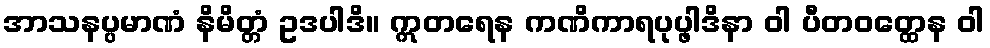
အာသနပ္ပမာဏံ နိမိတ္တံ ဥဒပါဒိ။ ဣတရေန ကဏိကာရပုပ္ဖါဒိနာ ဝါ ပီတဝတ္ထေန ဝါ